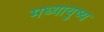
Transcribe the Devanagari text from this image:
मध्यायुष्य